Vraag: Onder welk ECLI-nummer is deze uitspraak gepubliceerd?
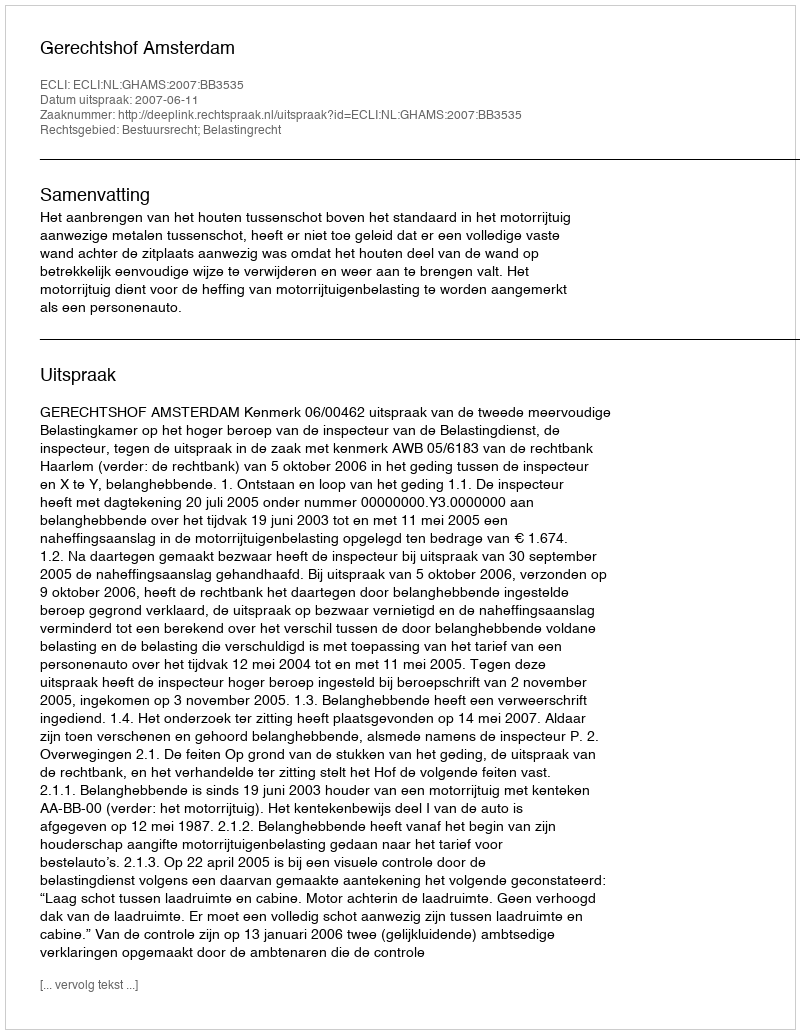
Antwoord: ECLI:NL:GHAMS:2007:BB3535